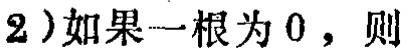
2）如果一根为 0，则